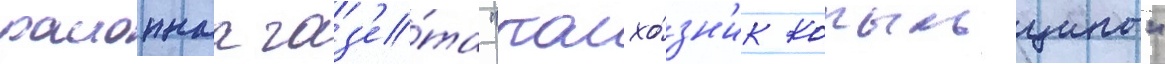
раионнаа газ'е́та "колхо́зн'ик копыльщины"